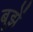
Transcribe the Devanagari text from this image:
बूझें